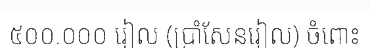
៥០០.០០០ រៀល (ប្រាំសែនរៀល) ចំពោះ